Madras plague regulations in force outside the Presidency town - Volume 1
Disease focus: Plague
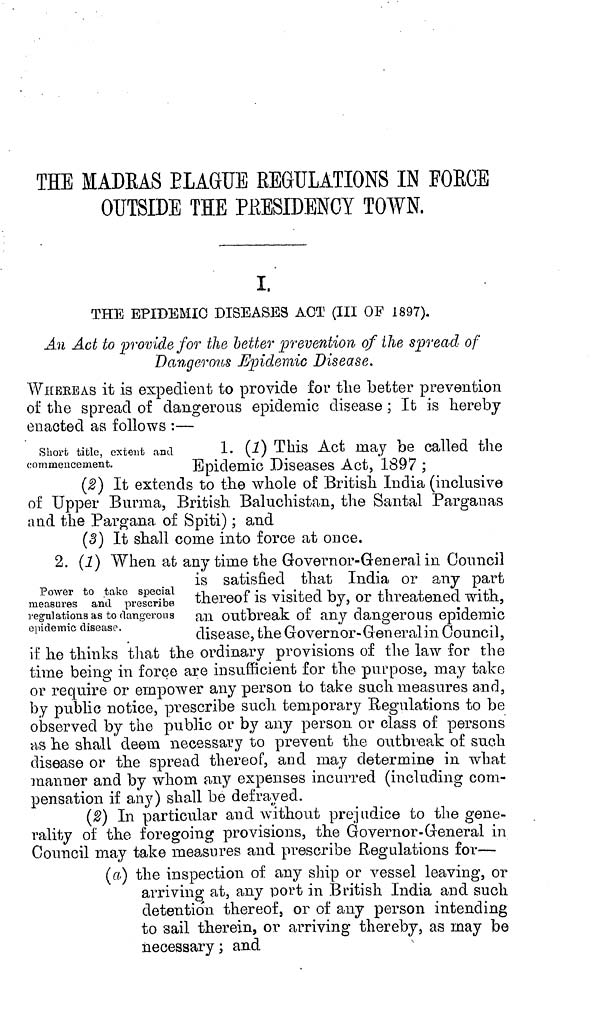
THE MADRAS ELAGUE REGULATIONS IN FORCE
OUTSIDE TEE PËESIDENCY TOWN,
I,
THE EPIDEMIC DISEASES ACT (III OF 1897).
An Act to provide for the better prevention of the spread of
Dangerous Epidemic Disease.
WHEREAS it is expedient to provide for the better prevention
of the spread of dangerous epidemic disease ; It is hereby
enacted as follows :—
Short title, extent and
commencement.
1. (1) This Act may be called the
Epidemic Diseases Act, 1897 :
(2) It extends to the whole of British India (inclusive
of Upper Burma, British Baluchistan, the Santal Parganas
and the Pargana of Spiti) ; and
(3) It shall come into force at once.
2. (1) When at any time the Governor-General in Council
Power to take special
measuires and prescribe
regulations as to dangerous
epidemic disease.
is satisfied that India or any part
thereof is visited by, or threatened with,
an outbreak of any dangerous epidemic
disease, the Governor-General in Council,
if he thinks that the ordinary provisions of the law for the
time being in force are insufficient for the purpose, may take
or require or empower any person to take such measures and,
by public notice, prescribe such temporary Regulations to be
observed by the public or by any person or class of persons
as he shall deem necessary to prevent the outbreak of such
disease or the spread thereof, and may determine in what
manner and by whom any expenses incurred (including com-
pensation if any) shall be defrayed.
(2) In particular and without prejudice to the gene-
rality of the foregoing provisions, the Governor-General in
Council may take measures and prescribe Regulations for—
(a) the inspection of any ship or vessel leaving, or
arriving at, any port in British India and such
detention thereof, or of any person intending
to sail therein, or arriving thereby, as may be
necessary ; and